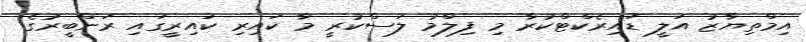
އިމްތިޔާޒު އަލީ ޑައިރެކްޓްކުރާ މި ފިލްމު ލަސްކުރީ މާ ކައިރި ކައިރީގައި ރަންބީރުގެ